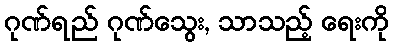
ဂုဏ်ရည် ဂုဏ်သွေး, သာသည့် ရေးကို